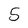
Character: 5